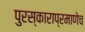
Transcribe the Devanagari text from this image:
पुरस्काराप्रमाणेच